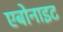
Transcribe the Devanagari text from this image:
एबोनाइट